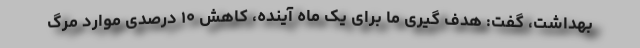
بهداشت، گفت: هدف گیری ما برای یک ماه آینده، کاهش ۱۰ درصدی موارد مرگ